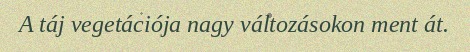
A táj vegetációja nagy változásokon ment át.